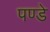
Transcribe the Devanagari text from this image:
पण्डे